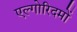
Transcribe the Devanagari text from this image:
एल्गोरिदमों